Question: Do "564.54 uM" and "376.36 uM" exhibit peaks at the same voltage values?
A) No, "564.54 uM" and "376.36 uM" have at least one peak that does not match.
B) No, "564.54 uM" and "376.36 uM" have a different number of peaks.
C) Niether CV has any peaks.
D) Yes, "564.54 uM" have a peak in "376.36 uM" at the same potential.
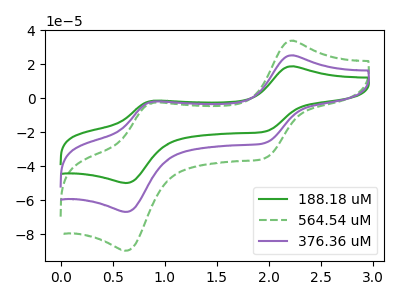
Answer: <think>The green curve "188.18 uM" has anodic peaks at (2.20V, 18.85uA) (0.90V, -1.40uA) and cathodic peaks at (1.95V, -19.50uA) (0.65V, -49.90uA). The green dashed curve "564.54 uM" has anodic peaks at (2.20V, 50.60uA) (0.90V, -3.80uA) and cathodic peaks at (1.95V, -52.35uA) (0.65V, -133.80uA). The purple curve "376.36 uM" has anodic peaks at (2.20V, 25.30uA) (0.90V, -1.90uA) and cathodic peaks at (1.95V, -26.15uA) (0.65V, -66.90uA).</think>
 <answer>D) Yes, "564.54 uM" have a peak in "376.36 uM" at the same potential.</answer>
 <eval>D</eval>